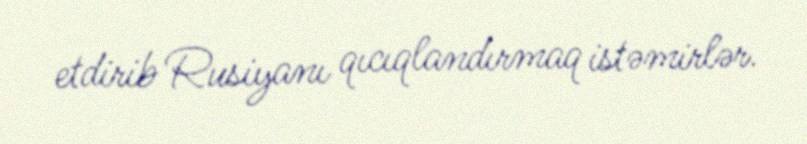
etdirib Rusiyanı qıcıqlandırmaq istəmirlər.